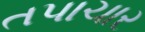
તપાચાર